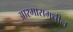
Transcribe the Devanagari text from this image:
आरमारामधील